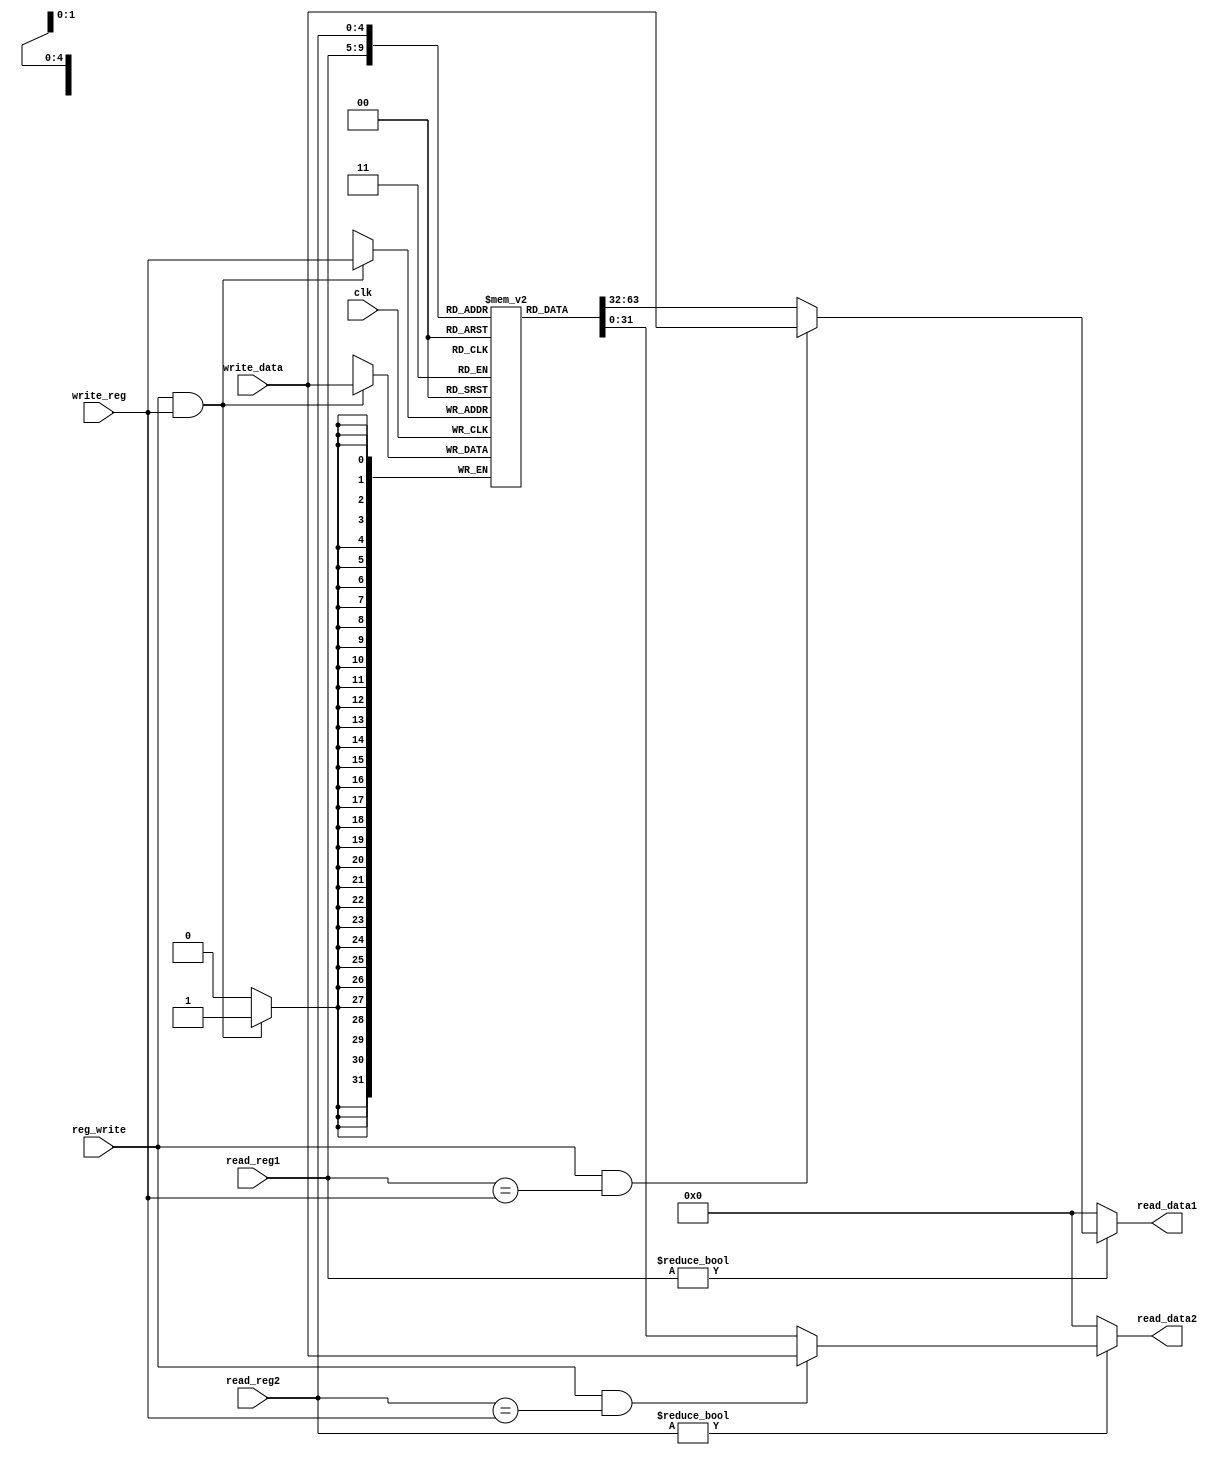
///////////////////////////////////REGISTER_FILE_MODULE///////////////////////////////////////////////////////
module registers(input clk,reg_write,
                 input [4:0] read_reg1,read_reg2,write_reg,
                 input [31:0] write_data,
                 output [31:0] read_data1,read_data2);
  
  reg [31:0] Registers [0:31];
  
  integer i;
  initial begin
    for (i = 0; i < 32; i = i + 1) begin
      Registers[i] = i;
    end
  end
  
  always@(posedge clk) begin
    if(reg_write && write_reg)
      Registers[write_reg] <= write_data;
  end
  
  assign read_data1 = (read_reg1 != 5'b0) ? //it is different from x0
                      (((reg_write == 1'b1)&&(read_reg1 == write_reg)) ? 
                      write_data : Registers[read_reg1]) : 32'b0;
                      
  assign read_data2 = (read_reg2 != 5'b0) ? //it is different from x0
                      (((reg_write == 1'b1)&&(read_reg2 == write_reg)) ? 
                      write_data : Registers[read_reg2]) : 32'b0;

endmodule
//////////////////////////////////////////////////////////////////////////////////////////////////////////////